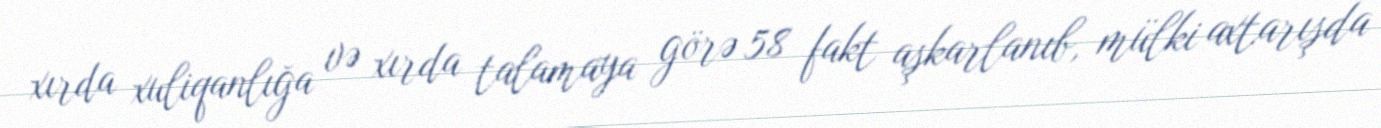
xırda xuliqanlığa və xırda talamaya görə 58 fakt aşkarlanıb, mülki axtarışda